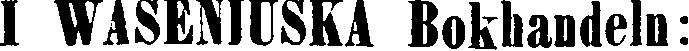
I WASENJUSKA Bokhandeln: